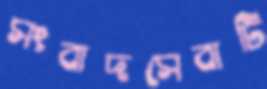
সংবাদসেবাটি